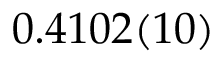
0 . 4 1 0 2 ( 1 0 )